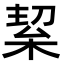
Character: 𭪛